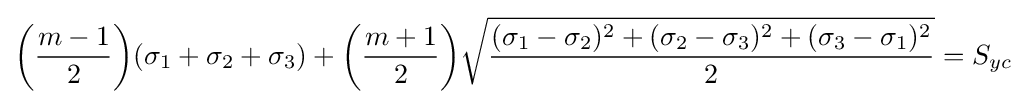
{\bigg (}{\frac {m-1}{2}}{\bigg )}(\sigma _{1}+\sigma _{2}+\sigma _{3})+{\bigg (}{\frac {m+1}{2}}{\bigg )}{\sqrt {\frac {(\sigma _{1}-\sigma _{2})^{2}+(\sigma _{2}-\sigma _{3})^{2}+(\sigma _{3}-\sigma _{1})^{2}}{2}}}=S_{yc}